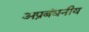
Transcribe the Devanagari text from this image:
अप्रबंधनीय